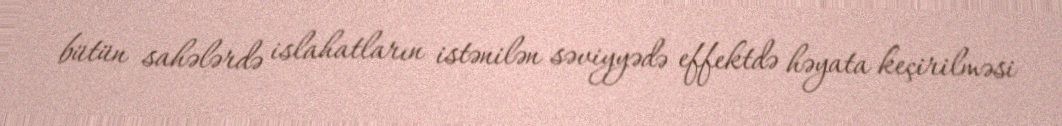
bütün sahələrdə islahatların istənilən səviyyədə effektdə həyata keçirilməsi